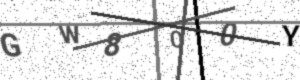
Text: GW800Y